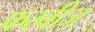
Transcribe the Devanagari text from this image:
फरवीज